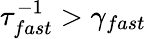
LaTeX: \tau_{fast}^{-1}>\gamma_{fast}